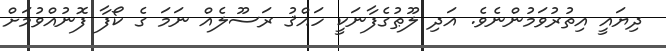
ދިޔައީ އިތުރުވަމުންނެވެ. އަދި ލޫޠުގެފާނަކީ ހައްޤު ރަސޫލެއް ނަމަ ގެ ކޯފާ ފޮނުއްވުމަށް